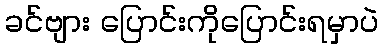
ခင်ဗျား ပြောင်းကိုပြောင်းရမှာပဲ